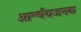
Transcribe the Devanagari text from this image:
आर्श्चयजनक